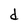
Character: d